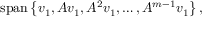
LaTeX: \operatorname { s p a n } \left\{ v _ { 1 } , A v _ { 1 } , A ^ { 2 } v _ { 1 } , \ldots , A ^ { m - 1 } v _ { 1 } \right\} ,